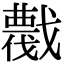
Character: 𢨖